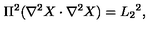
\Pi ^ { 2 } ( \nabla ^ { 2 } X \cdot \nabla ^ { 2 } X ) = L _ { 2 } { } ^ { 2 } ,